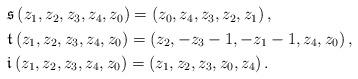
LaTeX: \begin{align*}\begin{aligned}&\mathfrak{s}\,(z_1,z_2,z_3,z_4,z_0) = (z_0,z_4,z_3,z_2,z_1) \,,\\& \mathfrak{t}\,(z_1,z_2,z_3,z_4,z_0) = (z_2,-z_3-1,-z_1-1,z_4,z_0) \,,\\& \mathfrak{i}\,(z_1,z_2,z_3,z_4,z_0) = (z_1,z_2,z_3,z_0,z_4)\,.\end{aligned}\end{align*}